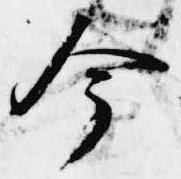
今